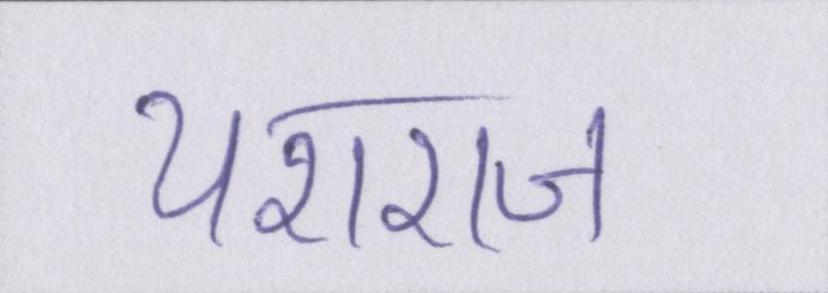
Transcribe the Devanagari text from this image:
यशराज